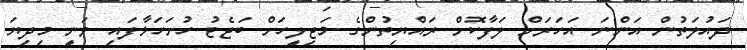
ދައުލަތުން އަންނަ އަހަރަށް ލަފާކޮށް ރައްޔިތުންގެ މަޖިލީހަށް ބަޖެޓު ހުށަހަޅާފައި ވަނީ މިދިޔަ